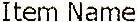
ITEM NAME